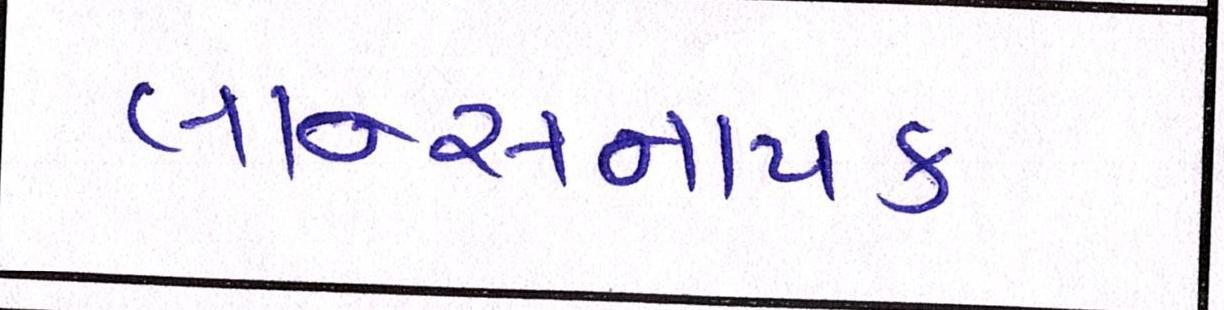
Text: લાન્સનાયક